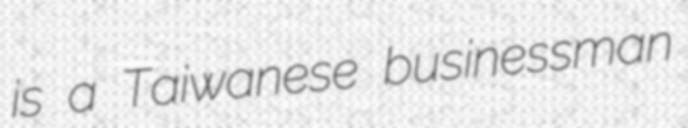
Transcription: is a Taiwanese businessman